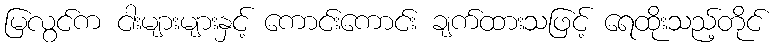
မြလွင်က ငါးများများနှင့် ကောင်းကောင်း ချက်ထားသဖြင့် ရေထိုးသည့်တိုင်